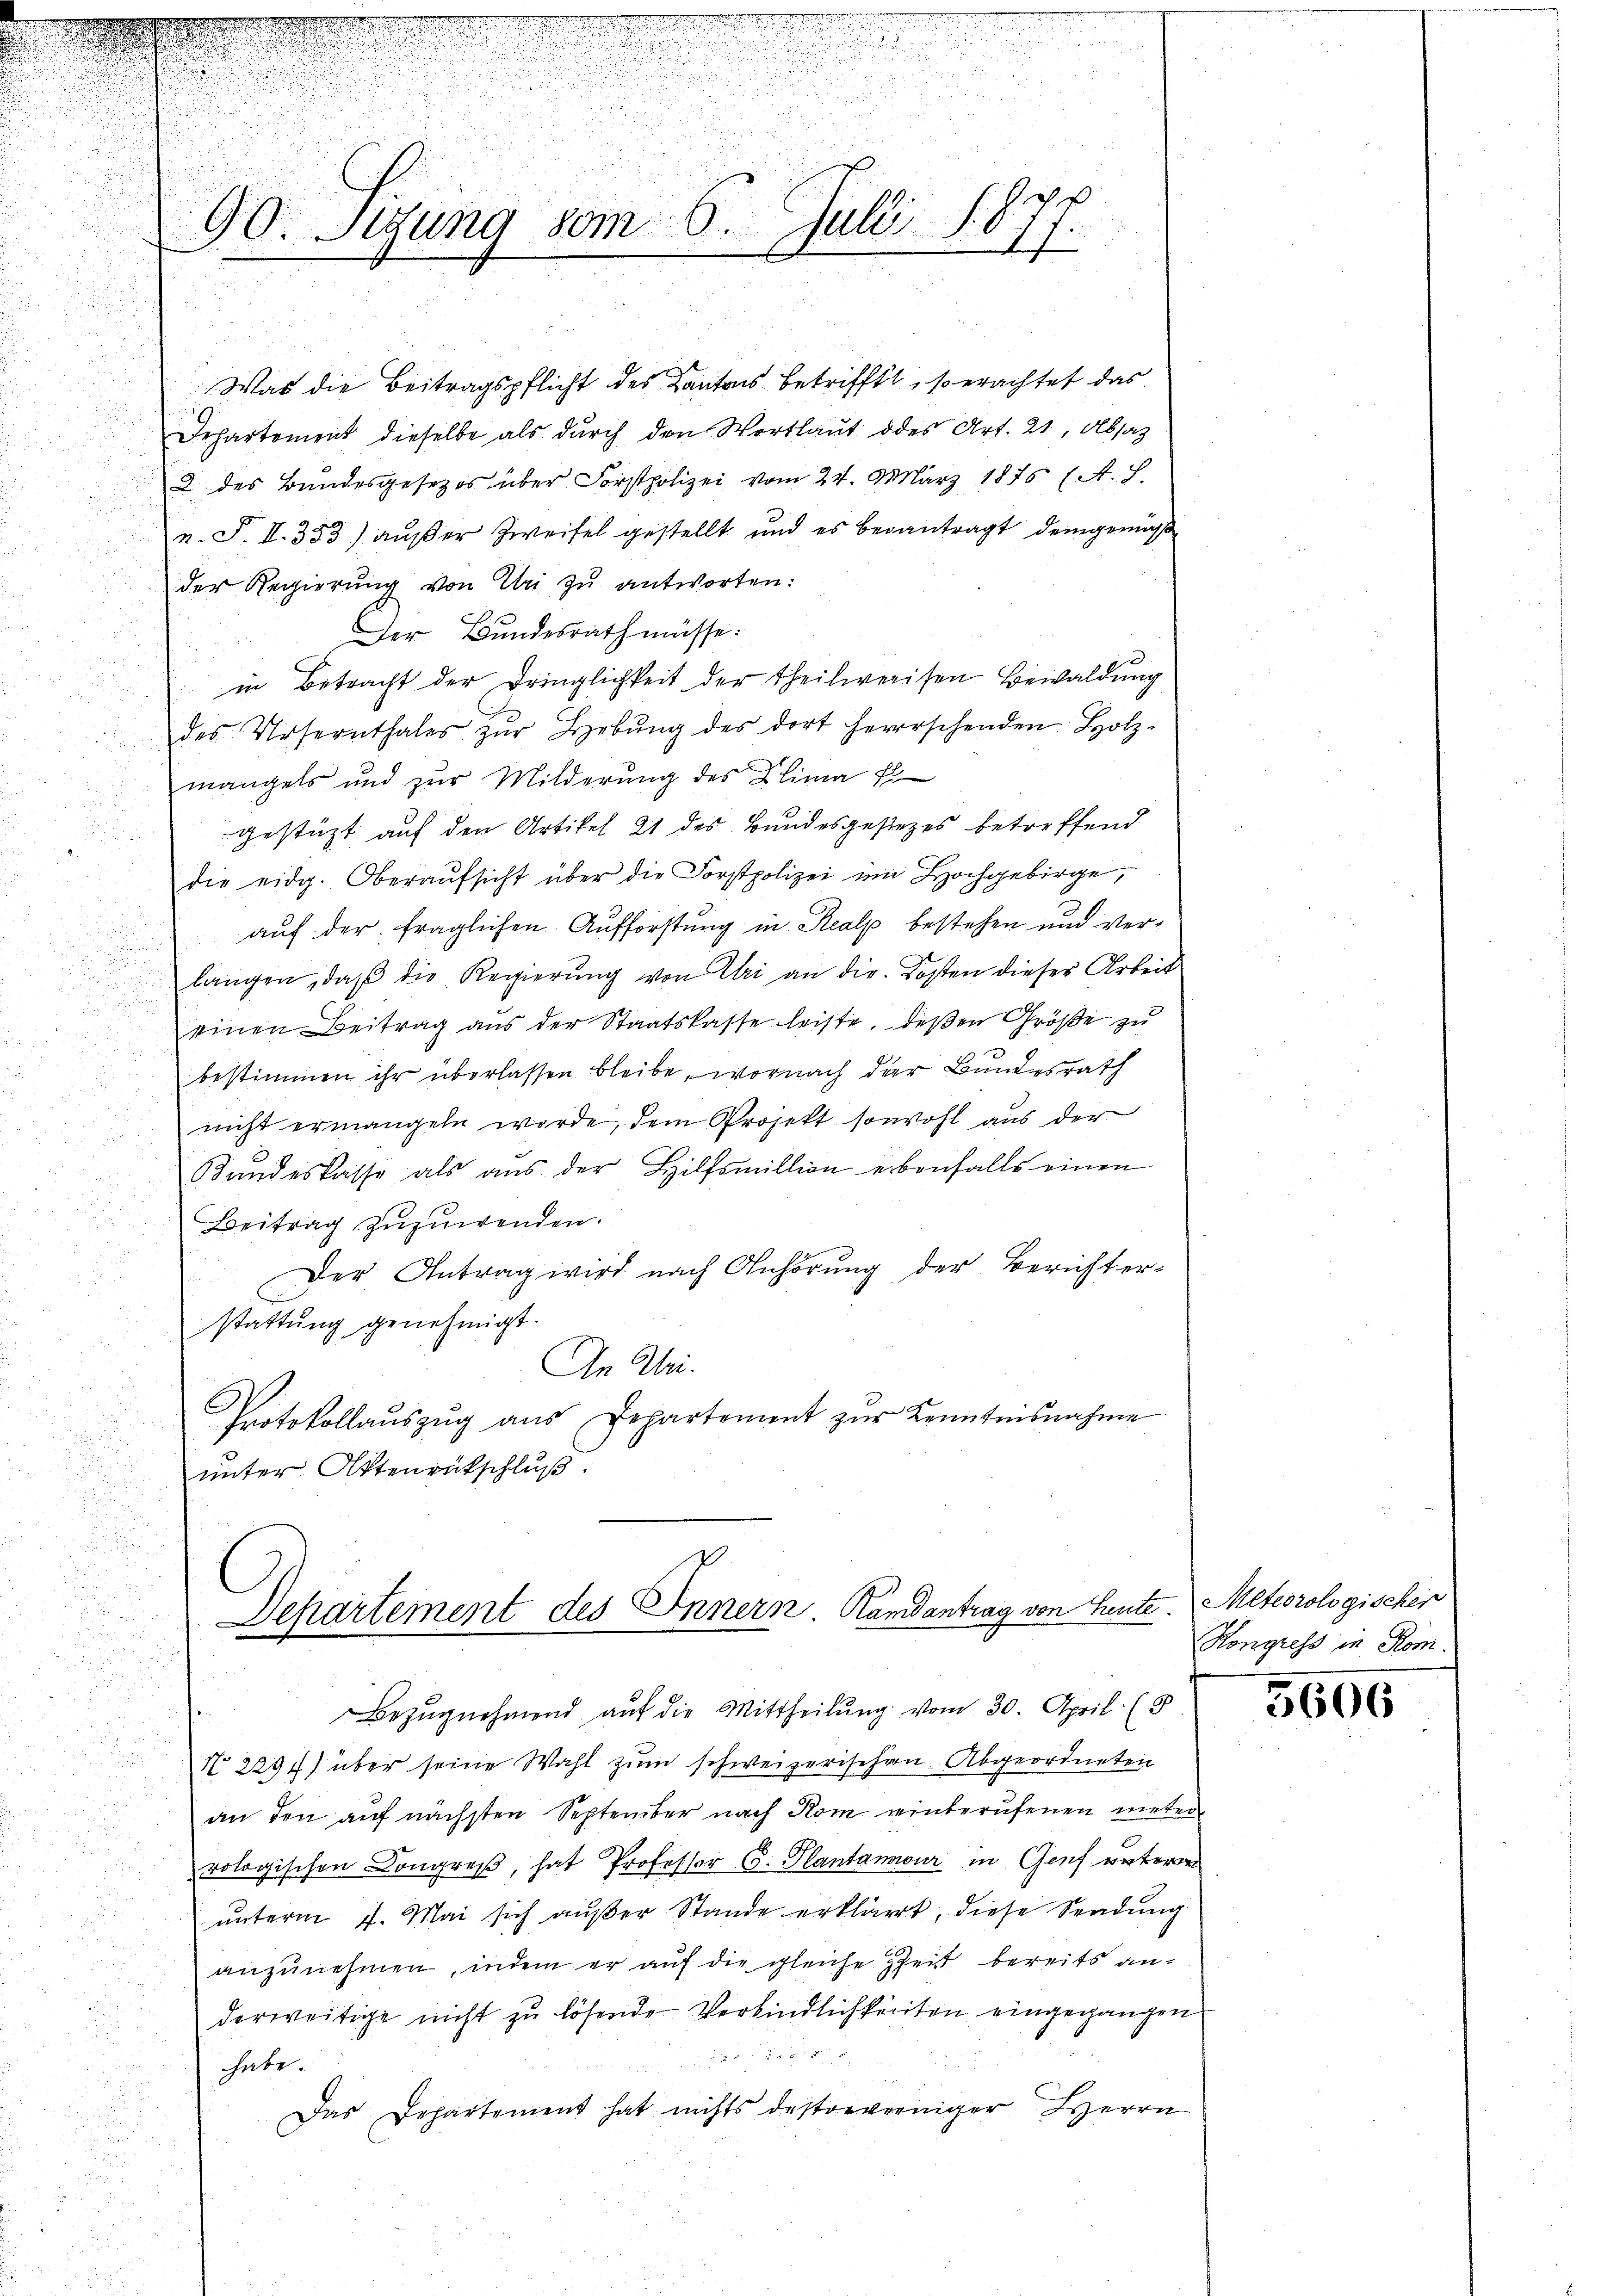
90. Setzung vom 6. Julii 1877.

Was die Beitragspflicht des Kantons betrifft, so erachtet das
Departement dieselbe als durch den Wortlaut des Art. 21, Absatz
2 des Bundesgesetzes über Forstpolizei vom 24. März 1875 (A. S.
n. F. II. 353) außer Zweifel gestellt und es beantragt demgemäß
der Regierung von Uri zu antworten:
Der Bundesrath müsse.
in Betracht der Dringlichkeit der theilweisen Bewaldung
 des Ursernthales zŭr Hebŭng des dort herrschenden Holz-
mangels und zur Milderung des Klima fl
gestützt auf den Artikel 21 des Bundesgesezes betreffend
die eidg. Oberaŭfsicht über die Forstpolizei um Hochgebirge,
.
auf der fraglichen Aufforstung in Realp bestehen und veri
u

langen, daβ die Regierŭng von Uri an die Kosten dieser Arbeit
d

einen Beitrag aus der Staatskasse leiste, deßen Größe zu
.
.
1
bestimmen ihr überlassen bleibe, wornach der Bundesrath
u
nicht ermangeln werde, dem Projekt sowohl aus der
Bandeskasse als aŭs der Hilfsmillion erbenfalls einen
Beitrag zuzuwenden.
Der Antrag wird nach Anhörung der Berichter-
stattung genehmigt.
An Uri.
E
Protokollaŭszŭg ans Departement zŭr Kenntnisnahme
unter Ottenrütschluß:

Departement des Innern. Randantrag von Heute.

Bezŭgnehmend auf die Mittheilung vom 30. April (8
N 2291) über seine Wahl zum schweizerischen Abgeordneten
an den auf nächsten September nach Kom einberufenen unterrologischen Congreß, hat Professor C. Plantamour in Genf unterm
unterm 4. Mai sich außer Stande erklärt, diese Sendung
anzunehmen, indem er auf die gleiche Zeit bereits anderweitige nicht zu lösende Verbindlichkeiten eingegangen

habe.
Das Departement hat nichts destorberniger Herrn
C
2

Meteorologischer
Kongress in Rom.

5606